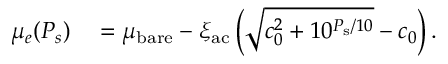
\begin{array} { r l } { \mu _ { e } ( P _ { s } ) } & { { } = \mu _ { \mathrm { b a r e } } - \xi _ { \mathrm { a c } } \left( \sqrt { c _ { 0 } ^ { 2 } + 1 0 ^ { P _ { \mathrm { s } } / 1 0 } } - c _ { 0 } \right) . } \end{array}